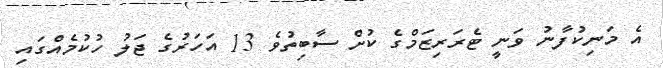
އެ މަނިކުފާނު ވަނީ ޓެރަރިޒަމްގެ ކުށް ސާބިތުވެ 13 އަހަރުގެ ޖަލު ހުކުމެއްގައި